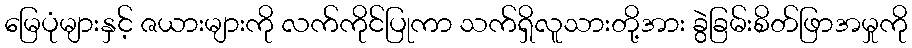
မြေပုံများနှင့် ဇယားများကို လက်ကိုင်ပြုကာ သက်ရှိလူသားတို့အား ခွဲခြမ်းစိတ်ဖြာအမှုကို